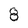
Character: 8